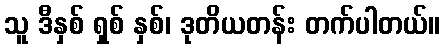
သူ ဒီနှစ် ရှစ် နှစ်၊ ဒုတိယတန်း တက်ပါတယ်။